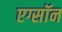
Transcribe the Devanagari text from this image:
एग्सॉन